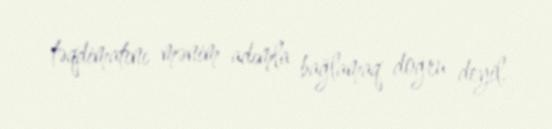
təqdimatını mənim adımla bağlamaq doğru deyil.